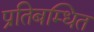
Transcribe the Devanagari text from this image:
प्रतिबम्धित